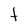
Character: t